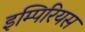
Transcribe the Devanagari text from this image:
इम्पिरियस